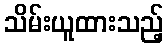
သိမ်းယူထားသည့်